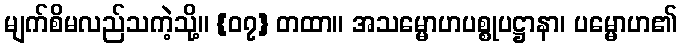
မျက်စိမလည်သကဲ့သို့။ {၀၇} တထာ။ အသမ္မောဟပစ္စုပဋ္ဌာနာ၊ ပမ္မောဟ၏